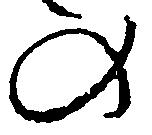
の